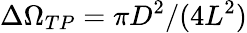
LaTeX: \Delta\Omega_{TP}=\pi D^{2}/(4L^{2})